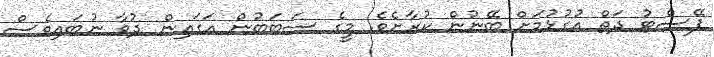
ޕޭސްޓު ދަތް އުގުޅުމަށް ބޭނުން ކުރާށެވެ. މީގެ ސަބަބުން އަގައިން ދުވާ ނުބައިވެސް